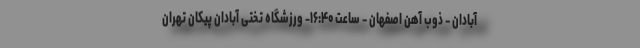
آبادان – ذوب آهن اصفهان – ساعت ۱۶:۴۰- ورزشگاه تختی آبادان پیکان تهران